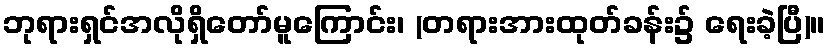
ဘုရားရှင်အလိုရှိတော်မူကြောင်း၊ (တရားအားထုတ်ခန်း၌ ရေးခဲ့ပြီ)။